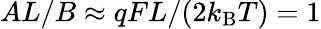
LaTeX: AL/B\approx qFL/(2k_{\mathrm{B}}T)=1